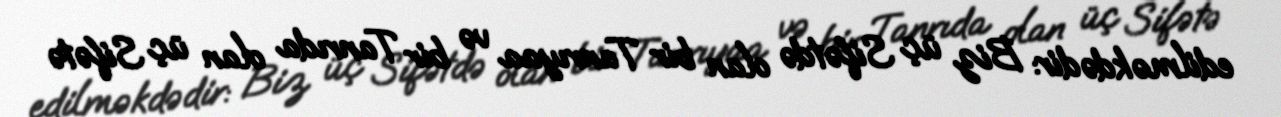
edilməkdədir: Biz üç Sifətdə olan bir Tanrıyaa və bir Tanrıda olan üç Sifətə